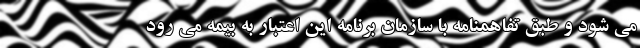
می شود و طبق تفاهمنامه با سازمان برنامه این اعتبار به بیمه می رود